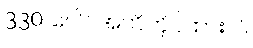
330 ပေါင်အထိကိုင်ထားပါ။